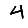
Digit: 4